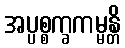
အပ္ပစ္စက္ခကမ္မန္တိ